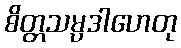
စိတ္တသမ္ပဒါဟေတု